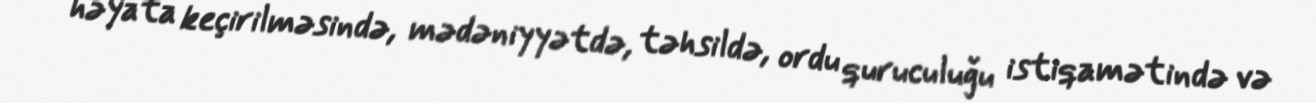
həyata keçirilməsində, mədəniyyətdə, təhsildə, ordu quruculuğu istiqamətində və